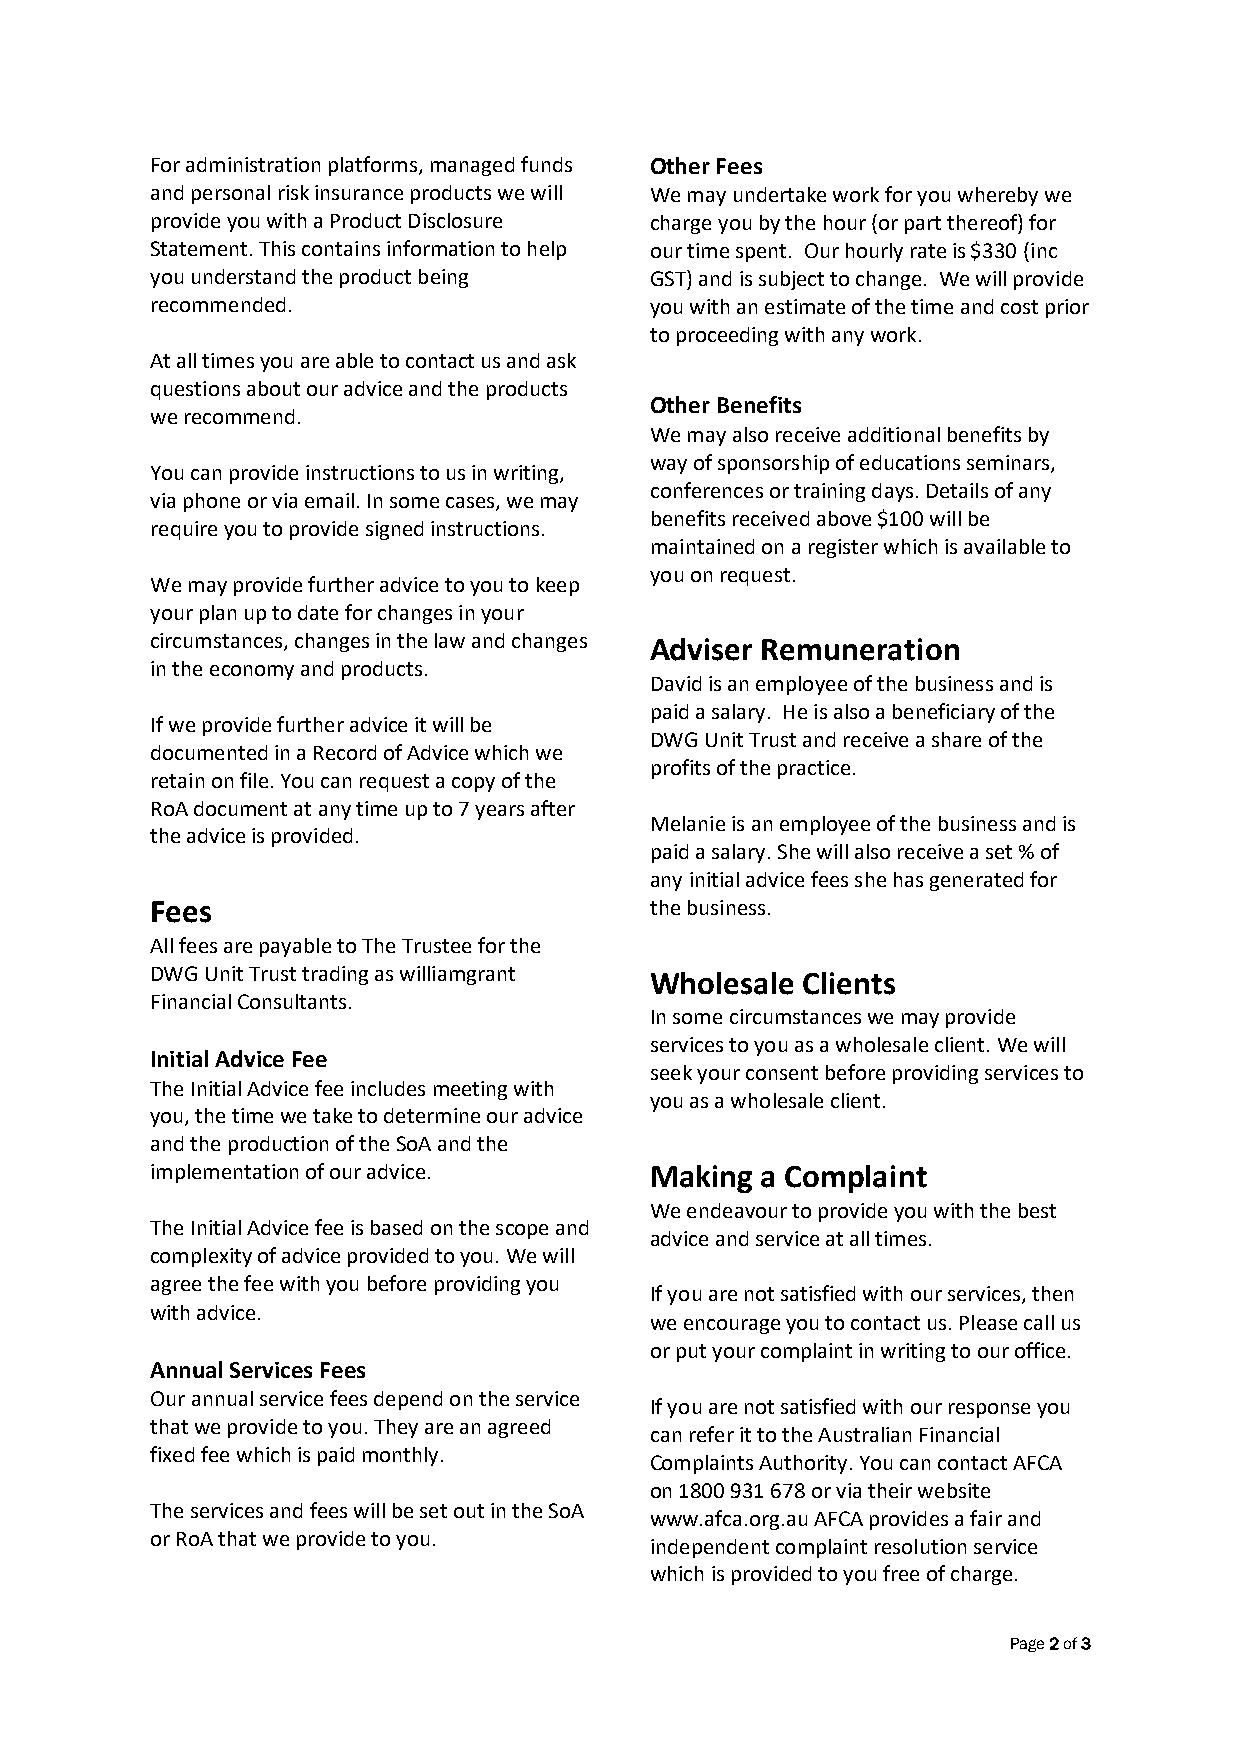
For administration platforms, managed funds Other Fees
 and personal risk insurance products we will We may undertake work for you whereby we
 provide you with a Product Disclosure charge you by the hour (or part thereof) for
 Statement. This contains information to help our time spent. Our hourly rate is $330 (inc
 you understand the product being GST) and is subject to change. We will provide
 recommended.                     you with an estimate of the time and cost prior
 to proceeding with any work.
 At all times you are able to contact us and ask
 questions about our advice and the products
 Other Benefits
 we recommend.
 We may also receive additional benefits by
 way of sponsorship of educations seminars,
 You can provide instructions to us in writing,
 conferences or training days. Details of any
 via phone or via email. In some cases, we may
 benefits received above $100 will be
 require you to provide signed instructions.
 maintained on a register which is available to
 you on request.
 We may provide further advice to you to keep
 your plan up to date for changes in your
 circumstances, changes in the law and changes Adviser Remuneration
 in the economy and products.
 David is an employee of the business and is
 paid a salary. He is also a beneficiary of the
 If we provide further advice it will be
 DWG Unit Trust and receive a share of the
 documented in a Record of Advice which we
 profits of the practice.
 retain on file. You can request a copy of the
 RoA document at any time up to 7 years after
 Melanie is an employee of the business and is
 the advice is provided.
 paid a salary. She will also receive a set % of
 any initial advice fees she has generated for
 Fees                             the business.
 All fees are payable to The Trustee for the
 DWG Unit Trust trading as williamgrant Wholesale Clients
 Financial Consultants.
 In some circumstances we may provide
 services to you as a wholesale client. We will
 Initial Advice Fee
 seek your consent before providing services to
 The Initial Advice fee includes meeting with
 you as a wholesale client.
 you, the time we take to determine our advice
 and the production of the SoA and the
 implementation of our advice.    Making a Complaint
 We endeavour to provide you with the best
 The Initial Advice fee is based on the scope and
 advice and service at all times.
 complexity of advice provided to you. We will
 agree the fee with you before providing you
 If you are not satisfied with our services, then
 with advice.
 we encourage you to contact us. Please call us
 or put your complaint in writing to our office.
 Annual Services Fees
 Our annual service fees depend on the service
 If you are not satisfied with our response you
 that we provide to you. They are an agreed
 can refer it to the Australian Financial
 fixed fee which is paid monthly.
 Complaints Authority. You can contact AFCA
 on 1800 931 678 or via their website
 The services and fees will be set out in the SoA
 www.afca.org.au AFCA provides a fair and
 or RoA that we provide to you.
 independent complaint resolution service
 which is provided to you free of charge.
 Page 2 of 3